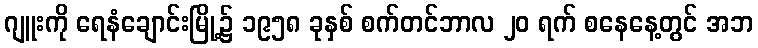
ဂျူးကို ရေနံချောင်းမြို့၌ ၁၉၅၈ ခုနှစ် စက်တင်ဘာလ ၂၀ ရက် စနေနေ့တွင် အဘ